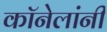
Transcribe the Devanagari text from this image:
कॉनेलांनी